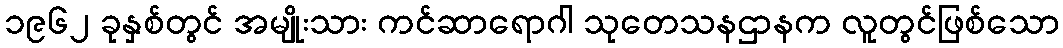
၁၉၆၂ ခုနှစ်တွင် အမျိုးသား ကင်ဆာရောဂါ သုတေသနဌာနက လူတွင်ဖြစ်သော